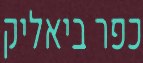
כפר ביאליק